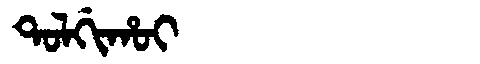
Manchu: ᡨᠣᠯᡤᡳᡥᠣᡳ
Romanization: TOLGIHOI